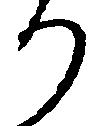
り